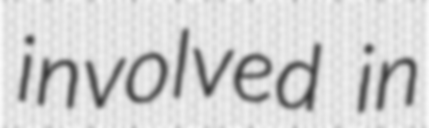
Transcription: involved in